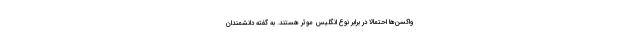
واکسن‌ها احتمالاً در برابر نوع انگلیس موثر هستند. به گفته دانشمندان